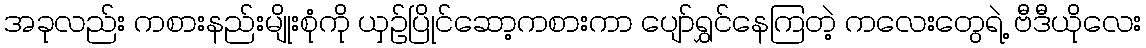
အခုလည်း ကစားနည်းမျိုးစုံကို ယှဉ်ပြိုင်ဆော့ကစားကာ ပျော်ရွှင်နေကြတဲ့ ကလေးတွေရဲ့ ဗီဒီယိုလေး